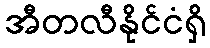
အီတလီနိုင်ငံရှိ